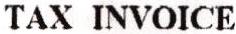
TAX INVOICE